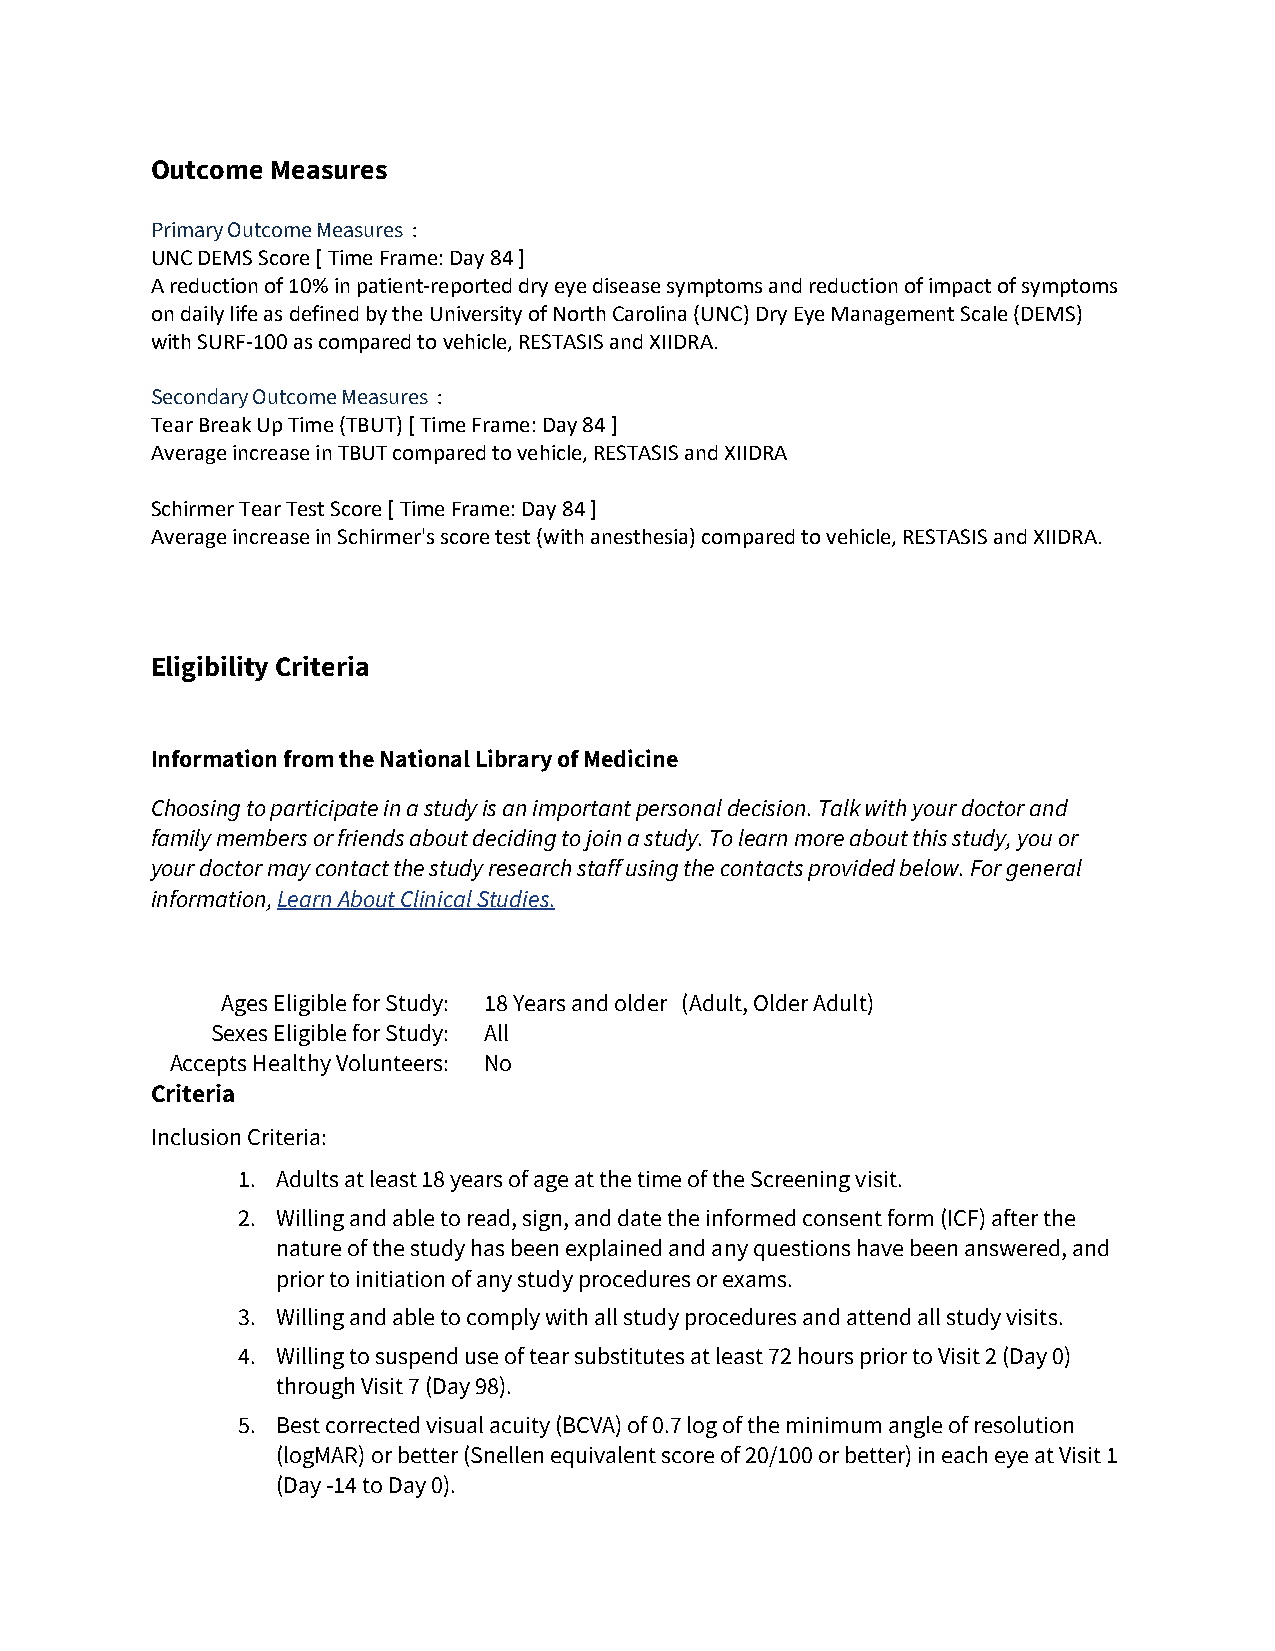
Outcome Measures
 Primary Outcome Measures :
 UNC DEMS Score [ Time Frame: Day 84 ]
 A reduction of 10% in patient-reported dry eye disease symptoms and reduction of impact of symptoms
 on daily life as defined by the University of North Carolina (UNC) Dry Eye Management Scale (DEMS)
 with SURF-100 as compared to vehicle, RESTASIS and XIIDRA.
 Secondary Outcome Measures :
 Tear Break Up Time (TBUT) [ Time Frame: Day 84 ]
 Average increase in TBUT compared to vehicle, RESTASIS and XIIDRA
 Schirmer Tear Test Score [ Time Frame: Day 84 ]
 Average increase in Schirmer's score test (with anesthesia) compared to vehicle, RESTASIS and XIIDRA.
 Eligibility Criteria
 Information from the National Library of Medicine
 Choosing to participate in a study is an important personal decision. Talk with your doctor and
 family members or friends about deciding to join a study. To learn more about this study, you or
 your doctor may contact the study research staff using the contacts provided below. For general
 information, Learn About Clinical Studies.
 Ages Eligible for Study: 18 Years and older (Adult, Older Adult)
 Sexes Eligible for Study: All
 Accepts Healthy Volunteers: No
 Criteria
 Inclusion Criteria:
 1. Adults at least 18 years of age at the time of the Screening visit.
 2. Willing and able to read, sign, and date the informed consent form (ICF) after the
 nature of the study has been explained and any questions have been answered, and
 prior to initiation of any study procedures or exams.
 3. Willing and able to comply with all study procedures and attend all study visits.
 4. Willing to suspend use of tear substitutes at least 72 hours prior to Visit 2 (Day 0)
 through Visit 7 (Day 98).
 5. Best corrected visual acuity (BCVA) of 0.7 log of the minimum angle of resolution
 (logMAR) or better (Snellen equivalent score of 20/100 or better) in each eye at Visit 1
 (Day -14 to Day 0).